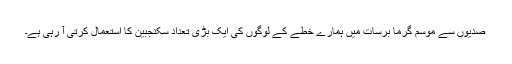
صدیوں سے موسم گرما برسات میں ہمارے خطے کے لوگوں کی ایک بڑی تعداد سکنجبین کا استعمال کرتی آ رہی ہے۔